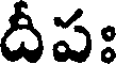
దీపః